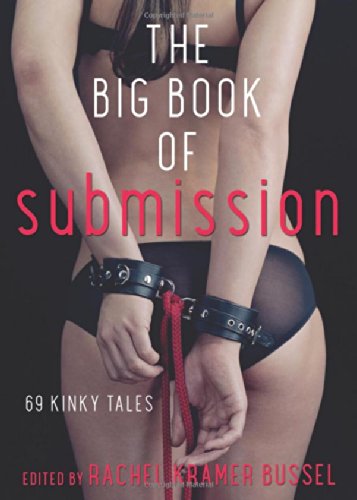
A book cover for The Big Book of Submission: 69 Kinky Tales; Romance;